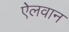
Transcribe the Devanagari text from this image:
ऐलवान